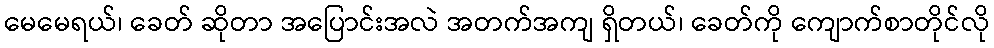
မေမေရယ်၊ ခေတ် ဆိုတာ အပြောင်းအလဲ အတက်အကျ ရှိတယ်၊ ခေတ်ကို ကျောက်စာတိုင်လို